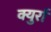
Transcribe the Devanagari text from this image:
क्युर्रा